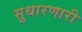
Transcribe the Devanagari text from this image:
सुधारणारी